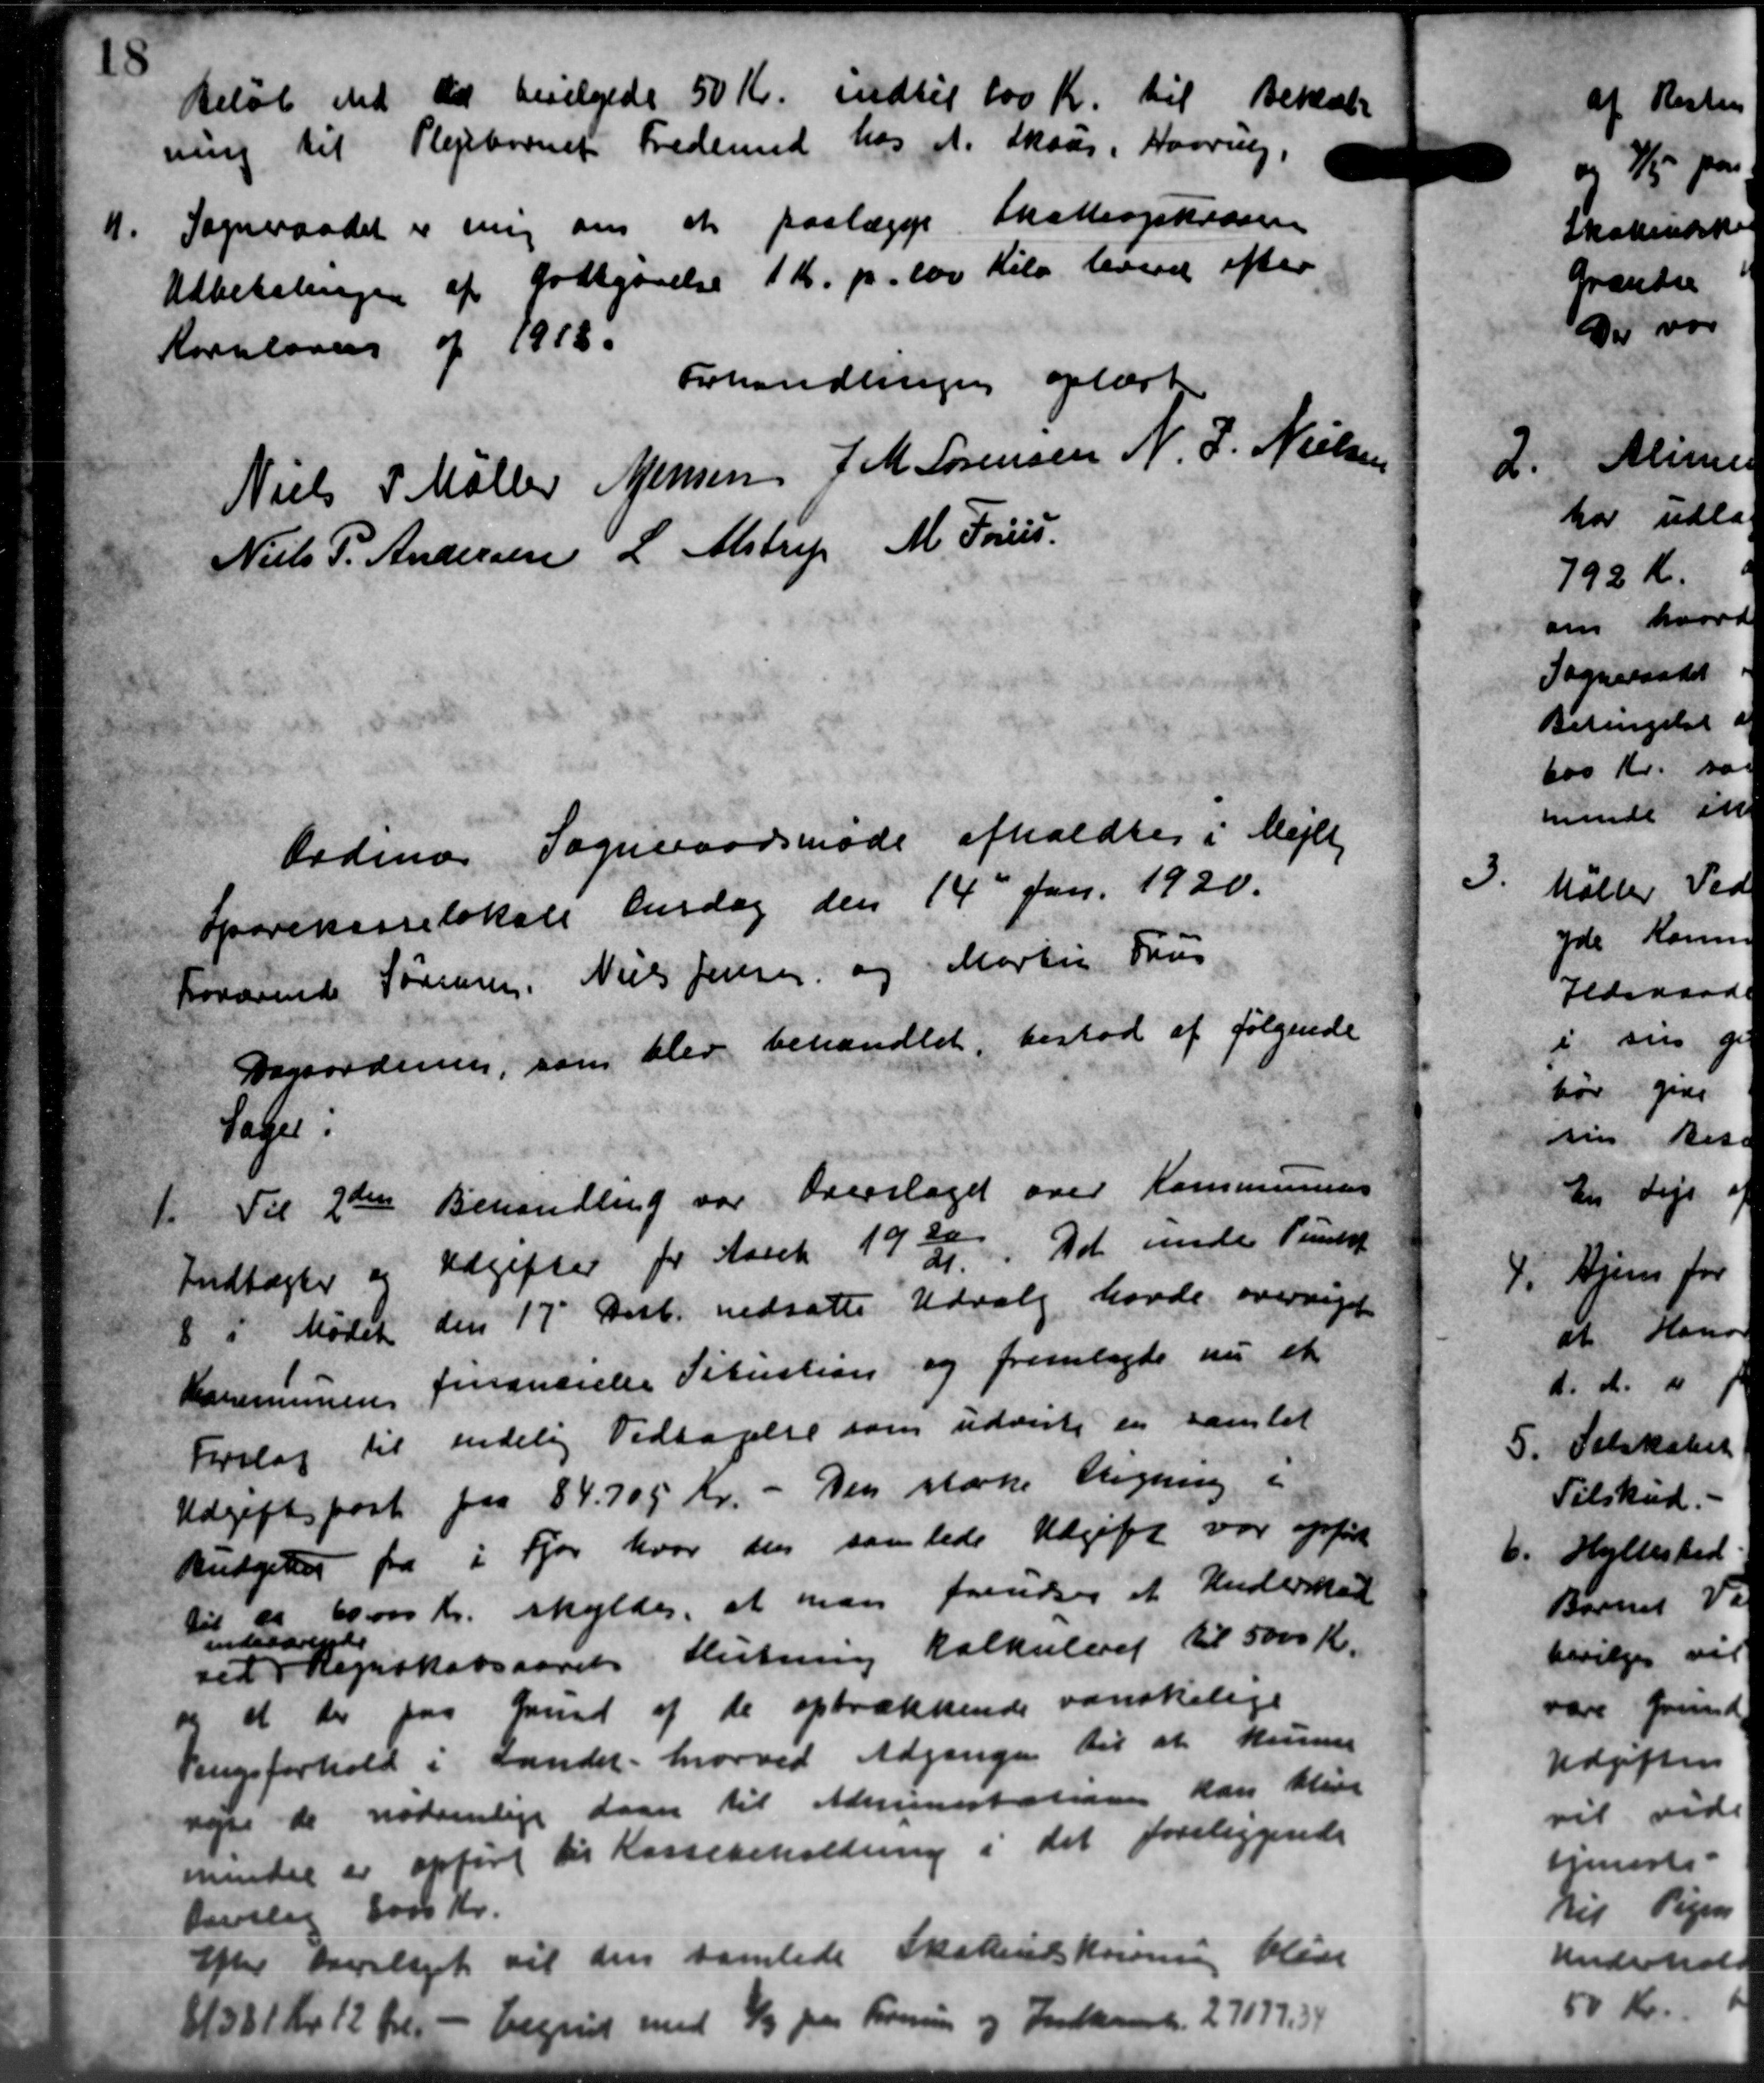
Transskription:
Beløb med Det bevilgedes 50 Kr. indtil 100 Kr. til d
ning til Plejebørnets Frederind hos et Skaar. Haarup
11.
Sogneraadet er mig om at paalægge Skatteopkræver
Udbetalingen af Godtgørelse 1 Kr. pr. 100 Kilo levere efter
Kornloven af 1913.
Forhandlingen oplæste
Niels P Møller
Jensen
J. M. Sørensen
N. J. Nielsen
Niels P. Andersen
L. Alstrup
M. Fores

Ordinær Sogneraadsmøde afholdtes i Mejlby
Sparekasselokale Onsdag den 14d Jan. 1920.
Fordrinde Sørensen, Niels Jensen og Martin Fru
Dagsordning, som blev behandlet, bestod af følgende
Sager.
1. Til 2den
1. Til 2den Behandling var Overslaget over Kommunens
Indtægter og Udgifter for Aaret 1930/31. Det under Punkt
8 i Mødet den 17' Decb. nedsatte Udvalg havde overriget
Kommunen financielle Situation og fremlagde nu et
Forslag til endelig Vedtagelse som udviste en samlet
Udgiftspost paa 84.705 Kr. - Den stærke Ligning i
Budgeter fra i Fjor hvor den samlede Udgift var opført
Veste " 60.000 Kr. skyldes, at man forudses et Underskri
sil
Veste
Regnskabsaaret slutning Kalkulæret til 5000 Kr.
og at der paa Grund af de optrækkende vanskelige
Ringsforhold i Landet, hvorved Adgange til at kunne
nyse de nødvenlige Laan til Administationen kan blive
mindre er opført til Kassebeholdning i det foreliggende
Dovlig 8000 Kr.
Efter Overslaget vil den samlede Skatteudskrivning blive
(1581 Kr 12 Øre - Vegnet med 2/3 paa Formine og Indkomst 27177.)

d